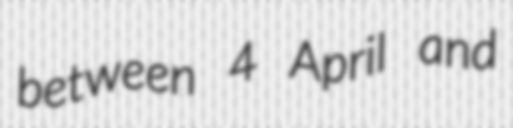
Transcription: between 4 April and